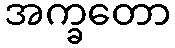
အက္ခတော